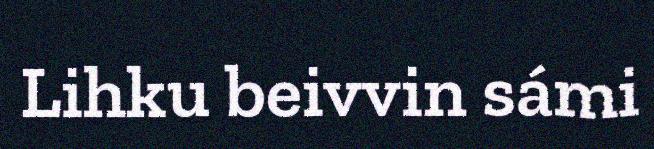
Lihku beivvin sámi